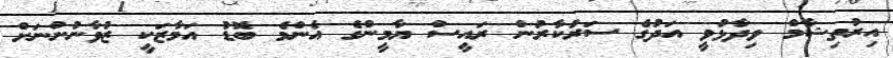
އިރުތިޝާމް ވިދާޅުވީ އަދުގެ ސަރުކާރުން ރައީސް ޔާމީންގެ އެންމެ ބޮޑު އަމާޒަކީ ޒުވާނުންނަށް